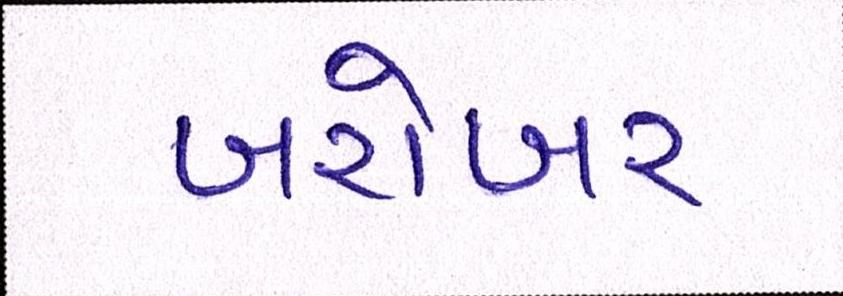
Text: બરોબર